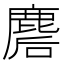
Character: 𪊪